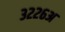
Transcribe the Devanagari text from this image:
३२२६अ